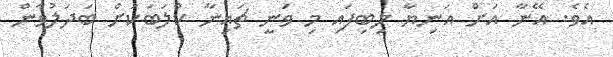
އެވެ. އޭނާ އަށް އަނިޔާ ލިބިފައި މި ވަނީ ޗައިނާ ކްލަބަކަށް ބަދަލުވާން